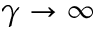
\gamma \to \infty